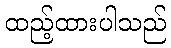
ထည့်ထားပါသည်